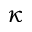
\kappa